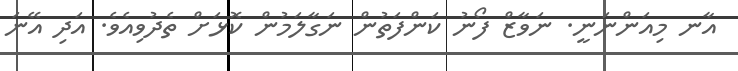
އާނ މިއަންނަނީ. ނަވާޒް ފޯނު ކަންފަތުން ނަގާލަމުން ކޮޅަށް ތެދުވިއެވެ. އަދި އޭނަ